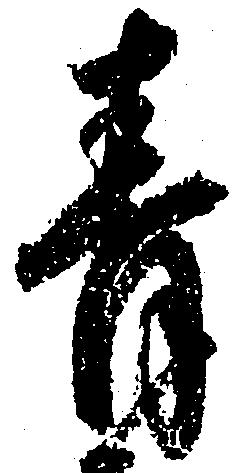
青